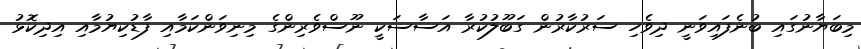
މިބަޔާނުގައި ބުނެފައިވަނީ ދިވެހި ސަރުކާރުން ގަބޫލުކުރާ އަސާސަކީ ނޫސްވެރިންގެ މިނިވަންކަމާއި ފާޑުކިޔުމާއި އިދިކޮޅު